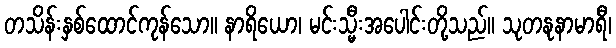
တသိန်းနှစ်ထောင်ကုန်သော။ နာရိယော၊ မင်းသ္မီးအပေါင်းတို့သည်။ သုတနုနာမာရီ၊